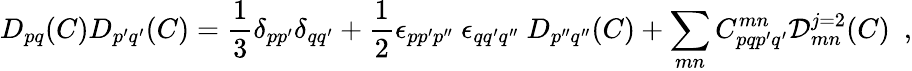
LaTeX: \displaystyle D_{pq}(C)D_{p^{\prime}q^{\prime}}(C)=\frac{1}{3}\delta_{pp^{\prime}}\delta_{qq^{\prime}}+\frac{1}{2}\epsilon_{pp^{\prime}p^{\prime\prime}}~\epsilon_{qq^{\prime}q^{\prime\prime}}~D_{p^{\prime\prime}q^{\prime\prime}}(C)+\sum_{mn}C_{pqp^{\prime}q^{\prime}}^{mn}{\cal D}_{mn}^{j=2}(C)~~,